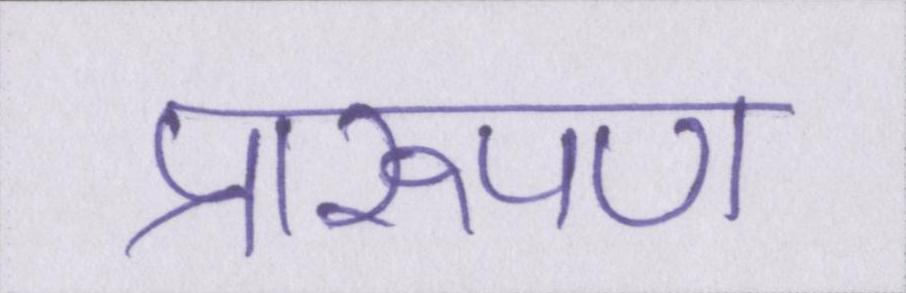
प्रारूपण